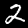
Digit: 2